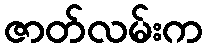
ဇာတ်လမ်းက